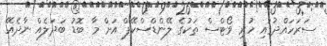
ސަރަަހައްދުގައި ހުރި ވޯޓްސް ތަކުގެ ލޭންޑްސްކޭޕް އަށް މާ ބޮޑު ބަދަލެއް ނާދެއޭ